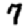
Digit: 7